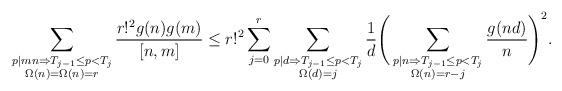
LaTeX: \begin{align*}\sum_{\substack{p \mid mn \Rightarrow T_{j-1}\leq p < T_j \\ \Omega(n) = \Omega(n) = r }}\frac{r!^2 g(n) g(m)}{[n,m]} \leq r!^2 \sum_{j=0}^r \sum_{\substack{p \mid d \Rightarrow T_{j-1}\leq p < T_j \\ \Omega(d) = j }} \frac{1}{d}\Bigg(\sum_{\substack{p \mid n \Rightarrow T_{j-1}\leq p < T_j \\ \Omega(n) =r - j }} \frac{g(nd)}{n} \Bigg)^2.\end{align*}